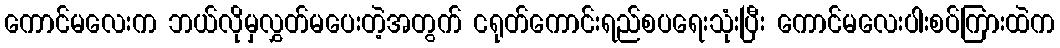
ကောင်မလေးက ဘယ်လိုမှလွှတ်မပေးတဲ့အတွက် ငရုတ်ကောင်းရည်စပရေးသုံးပြီး ကောင်မလေးပါးစပ်ကြားထဲက